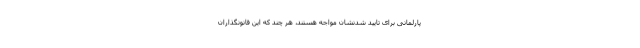
پارلمانی برای تایید شدنشان مواجه هستند، هر چند که این قانونگذاران